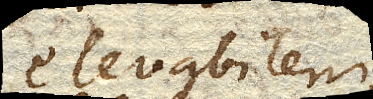
elevabilem